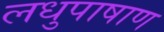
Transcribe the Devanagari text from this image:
लधुपाषाण